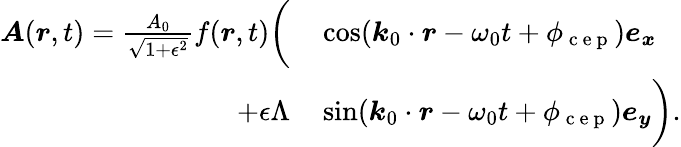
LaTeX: \begin{array}{rl}{\boldsymbol{A}(\boldsymbol{r},t)=\frac{A_{0}}{\sqrt{1+\epsilon^{2}}}f(\boldsymbol{r},t)\biggl(}&{{}\cos(\boldsymbol{k}_{0}\cdot\boldsymbol{r}-\omega_{0}t+\phi_{\mathrm{~c~e~p~}})\boldsymbol{e_{x}}}\\ {+\epsilon\Lambda}&{{}\sin(\boldsymbol{k}_{0}\cdot\boldsymbol{r}-\omega_{0}t+\phi_{\mathrm{~c~e~p~}})\boldsymbol{e_{y}}\biggr).}\end{array}